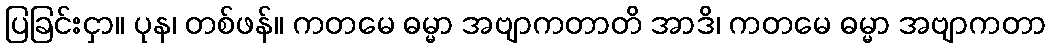
ပြခြင်းငှာ။ ပုန၊ တစ်ဖန်။ ကတမေ ဓမ္မာ အဗျာကတာတိ အာဒိ၊ ကတမေ ဓမ္မာ အဗျာကတာ